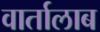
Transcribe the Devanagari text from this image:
वार्तालाब